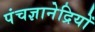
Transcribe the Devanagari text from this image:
पंचज्ञानेद्रियों